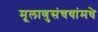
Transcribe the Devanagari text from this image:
मूलाणुसंचयांमधे